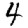
Digit: 4